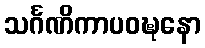
သင်္ဂဏိကာပဝဍ္ဎနော